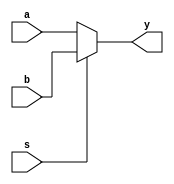
`timescale 1ns / 1ps
//////////////////////////////////////////////////////////////////////////////////
// Company: 
// Engineer: 
// 
// Design Name: 
// Module Name: mux_2
// Project Name: 
// Target Devices: 
// Tool Versions: 
// Description: 
// 
// Dependencies: 
// 
// Revision:
// Revision 0.01 - File Created
// Additional Comments:
// 
//////////////////////////////////////////////////////////////////////////////////


module mux2
    #(parameter WIDTH=8)
    (
    input [WIDTH-1:0] a,
    input [WIDTH-1:0] b,
    input s,
    output [WIDTH-1:0] y
);
assign y = s ? b : a;
endmodule